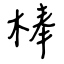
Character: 棒